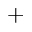
^ +